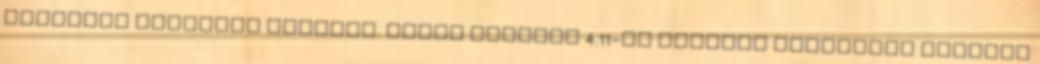
legalább lefordul FreeBSD. Mivel FreeBSD 4.11-en akartam használni Pentium